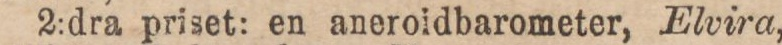
2:dra priset: en aneroidbarometer, Elvira,